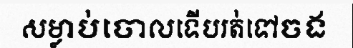
សម្លាប់ចោលទើបរត់ទៅចង